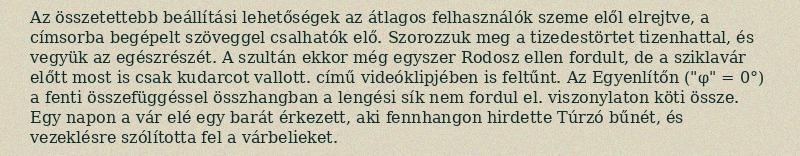
Az összetettebb beállítási lehetőségek az átlagos felhasználók szeme elől elrejtve, a címsorba begépelt szöveggel csalhatók elő. Szorozzuk meg a tizedestörtet tizenhattal, és vegyük az egészrészét. A szultán ekkor még egyszer Rodosz ellen fordult, de a sziklavár előtt most is csak kudarcot vallott. című videóklipjében is feltűnt. Az Egyenlítőn ("φ" = 0°) a fenti összefüggéssel összhangban a lengési sík nem fordul el. viszonylaton köti össze. Egy napon a vár elé egy barát érkezett, aki fennhangon hirdette Túrzó bűnét, és vezeklésre szólította fel a várbelieket.